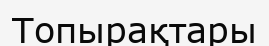
Топырақтары